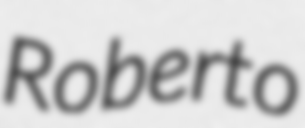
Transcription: Roberto